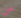
من